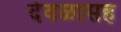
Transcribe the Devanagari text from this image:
देवळासह